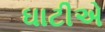
ઘાટીએ